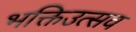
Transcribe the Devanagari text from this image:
भक्तिउत्सव